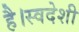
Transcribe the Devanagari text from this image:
है।स्वदेशी